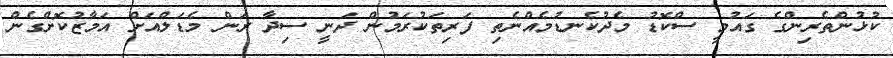
ކުޅުންތެރިންގެ ގައުމީ ސްކޮޑު މެދުކެނޑުމެއްނެތި ފަރިތަކުރަމުން ދަނީ ސިދާ ރަން މެޑަލްއަށް އަމާޒުކޮށްގެން